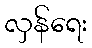
လှန်ရေး